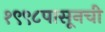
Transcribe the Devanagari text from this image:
१९९८पासूनची